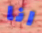
انا